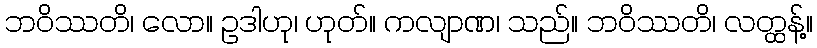
ဘဝိဿတိ၊ လော။ ဥဒါဟု၊ ဟုတ်။ ကလျာဏ၊ သည်။ ဘဝိဿတိ၊ လတ္ထန့်။